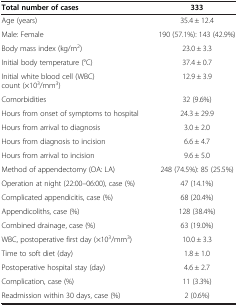
| Total number of cases | 333 |
 | --- | --- |
 | Age (years) | 35.4 ± 12.4 |
 | Male: Female | 190 (57.1%): 143 (42.9%) |
 | Body mass index (kg/m2) | 23.0 ± 3.3 |
 | Initial body temperature (°C) | 37.4 ± 0.7 |
 | Initial white blood cell (WBC) count (×103/mm3) | 12.9 ± 3.9 |
 | Comorbidities | 32 (9.6%) |
 | Hours from onset of symptoms to hospital | 24.3 ± 29.9 |
 | Hours from arrival to diagnosis | 3.0 ± 2.0 |
 | Hours from diagnosis to incision | 6.6 ± 4.7 |
 | Hours from arrival to incision | 9.6 ± 5.0 |
 | Method of appendectomy (OA: LA) | 248 (74.5%): 85 (25.5%) |
 | Operation at night (22:00–06:00), case (%) | 47 (14.1%) |
 | Complicated appendicitis, case (%) | 68 (20.4%) |
 | Appendicoliths, case (%) | 128 (38.4%) |
 | Combined drainage, case (%) | 63 (19.0%) |
 | WBC, postoperative first day (×103/mm3) | 10.0 ± 3.3 |
 | Time to soft diet (day) | 1.8 ± 1.0 |
 | Postoperative hospital stay (day) | 4.6 ± 2.7 |
 | Complication, case (%) | 11 (3.3%) |
 | Readmission within 30 days, case (%) | 2 (0.6%) |